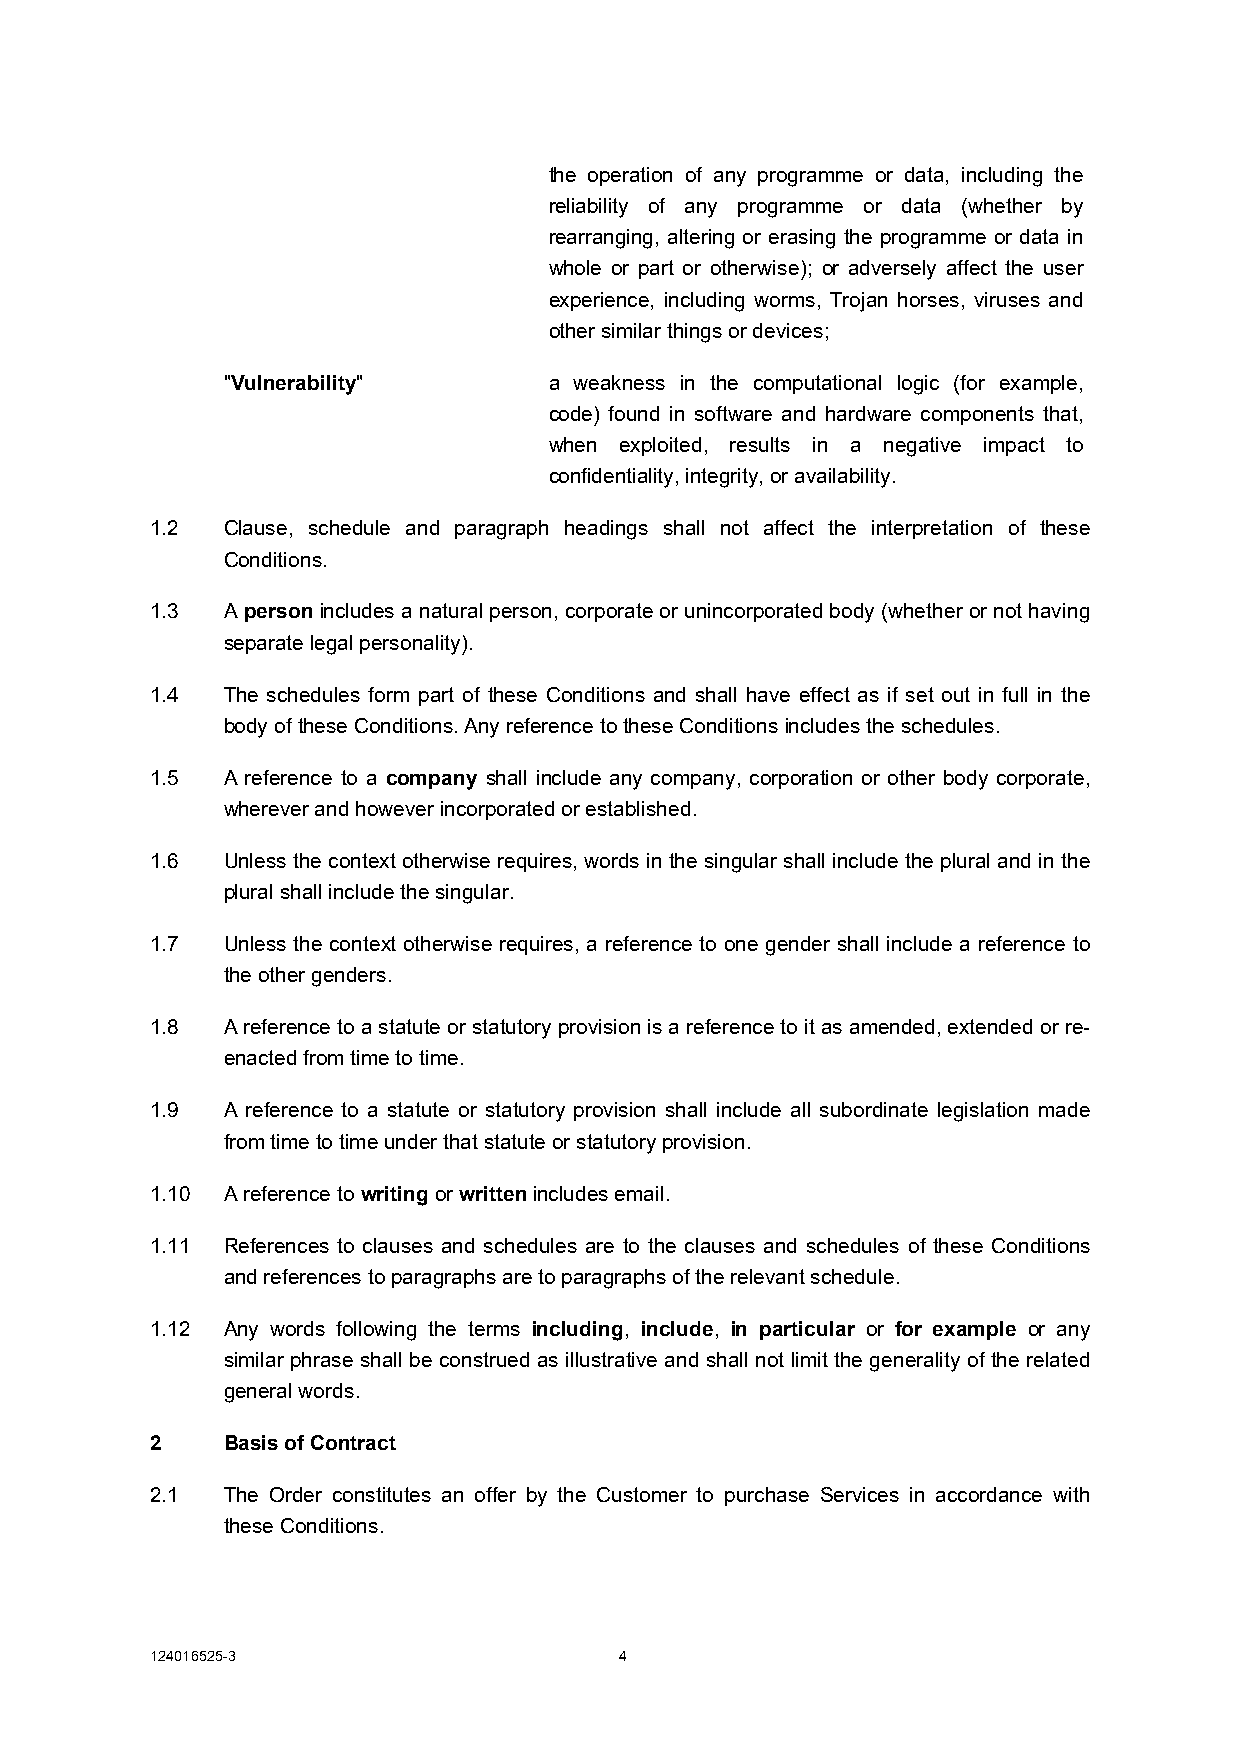
the operation of any programme or data, including the
 reliability of any programme or data (whether by
 rearranging, altering or erasing the programme or data in
 whole or part or otherwise); or adversely affect the user
 experience, including worms, Trojan horses, viruses and
 other similar things or devices;
 "Vulnerability"      a weakness in the computational logic (for example,
 code) found in software and hardware components that,
 when exploited, results in a negative impact to
 confidentiality, integrity, or availability.
 1.2  Clause, schedule and paragraph headings shall not affect the interpretation of these
 Conditions.
 1.3  A person includes a natural person, corporate or unincorporated body (whether or not having
 separate legal personality).
 1.4  The schedules form part of these Conditions and shall have effect as if set out in full in the
 body of these Conditions. Any reference to these Conditions includes the schedules.
 1.5  A reference to a company shall include any company, corporation or other body corporate,
 wherever and however incorporated or established.
 1.6  Unless the context otherwise requires, words in the singular shall include the plural and in the
 plural shall include the singular.
 1.7  Unless the context otherwise requires, a reference to one gender shall include a reference to
 the other genders.
 1.8  A reference to a statute or statutory provision is a reference to it as amended, extended or re-
 enacted from time to time.
 1.9  A reference to a statute or statutory provision shall include all subordinate legislation made
 from time to time under that statute or statutory provision.
 1.10 A reference to writing or written includes email.
 1.11 References to clauses and schedules are to the clauses and schedules of these Conditions
 and references to paragraphs are to paragraphs of the relevant schedule.
 1.12 Any words following the terms including, include, in particular or for example or any
 similar phrase shall be construed as illustrative and shall not limit the generality of the related
 general words.
 2    Basis of Contract
 2.1  The Order constitutes an offer by the Customer to purchase Services in accordance with
 these Conditions.
 124016525-3                    4